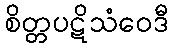
စိတ္တပဋိသံဝေဒီ